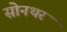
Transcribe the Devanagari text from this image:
सोनथर